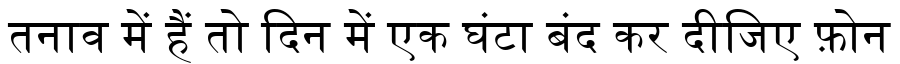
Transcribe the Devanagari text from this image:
तनाव में हैं तो दिन में एक घंटा बंद कर दीजिए फ़ोन